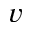
v